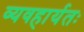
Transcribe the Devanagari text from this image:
व्यवहार्यतः